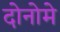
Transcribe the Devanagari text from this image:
दोनोमे